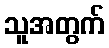
သူအတွက်